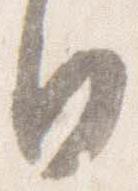
日